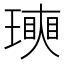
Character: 𤩵